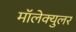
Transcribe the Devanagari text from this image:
मॉलेक्‍युलर